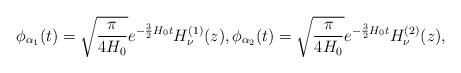
LaTeX: \begin{align*}\phi_{\alpha_1} (t) = \sqrt{\frac{\pi}{4H_0}}e^{- \frac{3}{2} H_0 t}H_\nu^{(1)} (z),\phi_{\alpha_2} (t) = \sqrt{\frac{\pi}{4H_0}}e^{- \frac{3}{2} H_0 t}H_\nu^{(2)} (z),\end{align*}